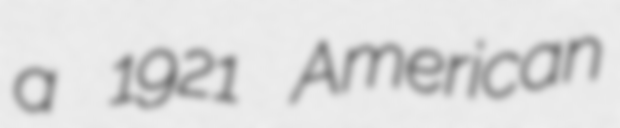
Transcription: a 1921 American